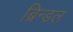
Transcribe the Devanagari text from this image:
ब्रिन्डल